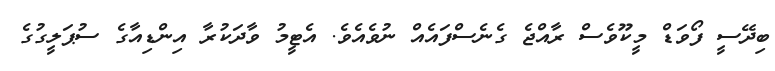
ބިދޭސީ ފޯވަޑް މީކޫވެސް ރާއްޖެ ގެނެސްފައެއް ނުވެއެވެ. އެޓީމު ވާދަކުރާ އިންޑިއާގެ ސުޕަލީގުގެ